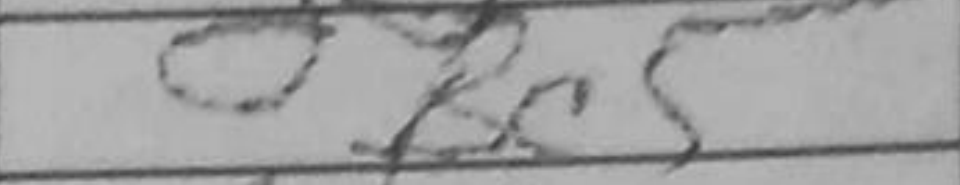
Transcription: Bc5